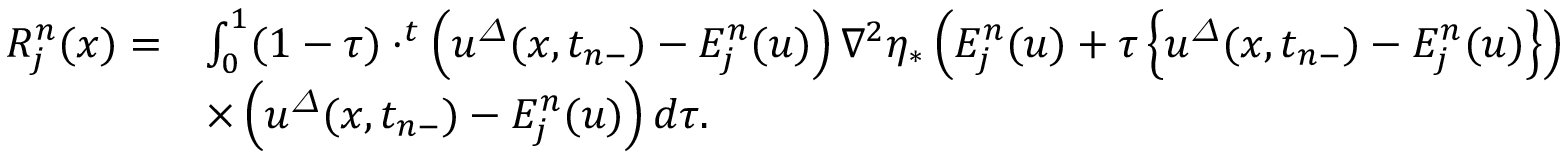
\begin{array} { r l } { R _ { j } ^ { n } ( x ) = } & { \int _ { 0 } ^ { 1 } ( 1 - \tau ) \cdot ^ { t } \left( { u } ^ { \varDelta } ( x , t _ { n - } ) - E _ { j } ^ { n } ( u ) \right) \nabla ^ { 2 } \eta _ { \ast } \left( E _ { j } ^ { n } ( u ) + \tau \left\{ { u } ^ { \varDelta } ( x , t _ { n - } ) - E _ { j } ^ { n } ( u ) \right\} \right) } \\ & { \times \left( { u } ^ { \varDelta } ( x , t _ { n - } ) - E _ { j } ^ { n } ( u ) \right) d \tau . } \end{array}